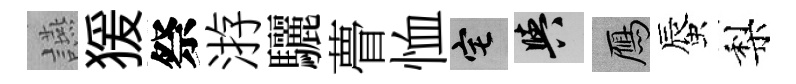
讌猨祭㳺驪瞢恤宅阳鴈蜃梨